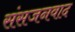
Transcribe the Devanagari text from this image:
संसजनवाद